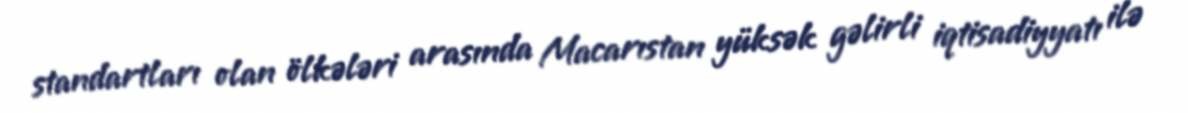
standartları olan ölkələri arasında Macarıstan yüksək gəlirli iqtisadiyyatı ilə